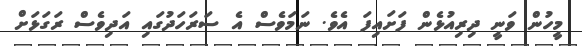
މީހުން ވަނީ ދިރިއުޅެން ފަށައިފަ އެވެ. ނަމަވެސް އެ ސަރަހަދުގައި އަދިވެސް ރަގަޅަށް